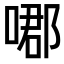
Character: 𠹴